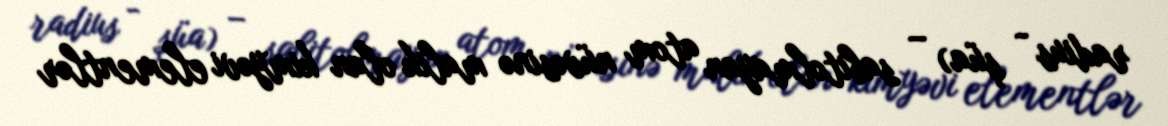
radius - şüa) – sabitolmayan atom nüvəsinə malik olan kimyəvi elementlər